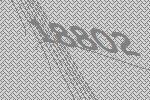
18802